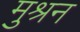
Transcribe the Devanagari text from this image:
मुश्रन